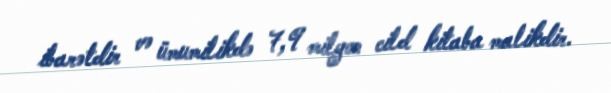
ibarətdir və ümumilikdə 7,9 milyon cild kitaba malikdir.